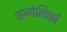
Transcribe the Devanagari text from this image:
अन्गेलिको